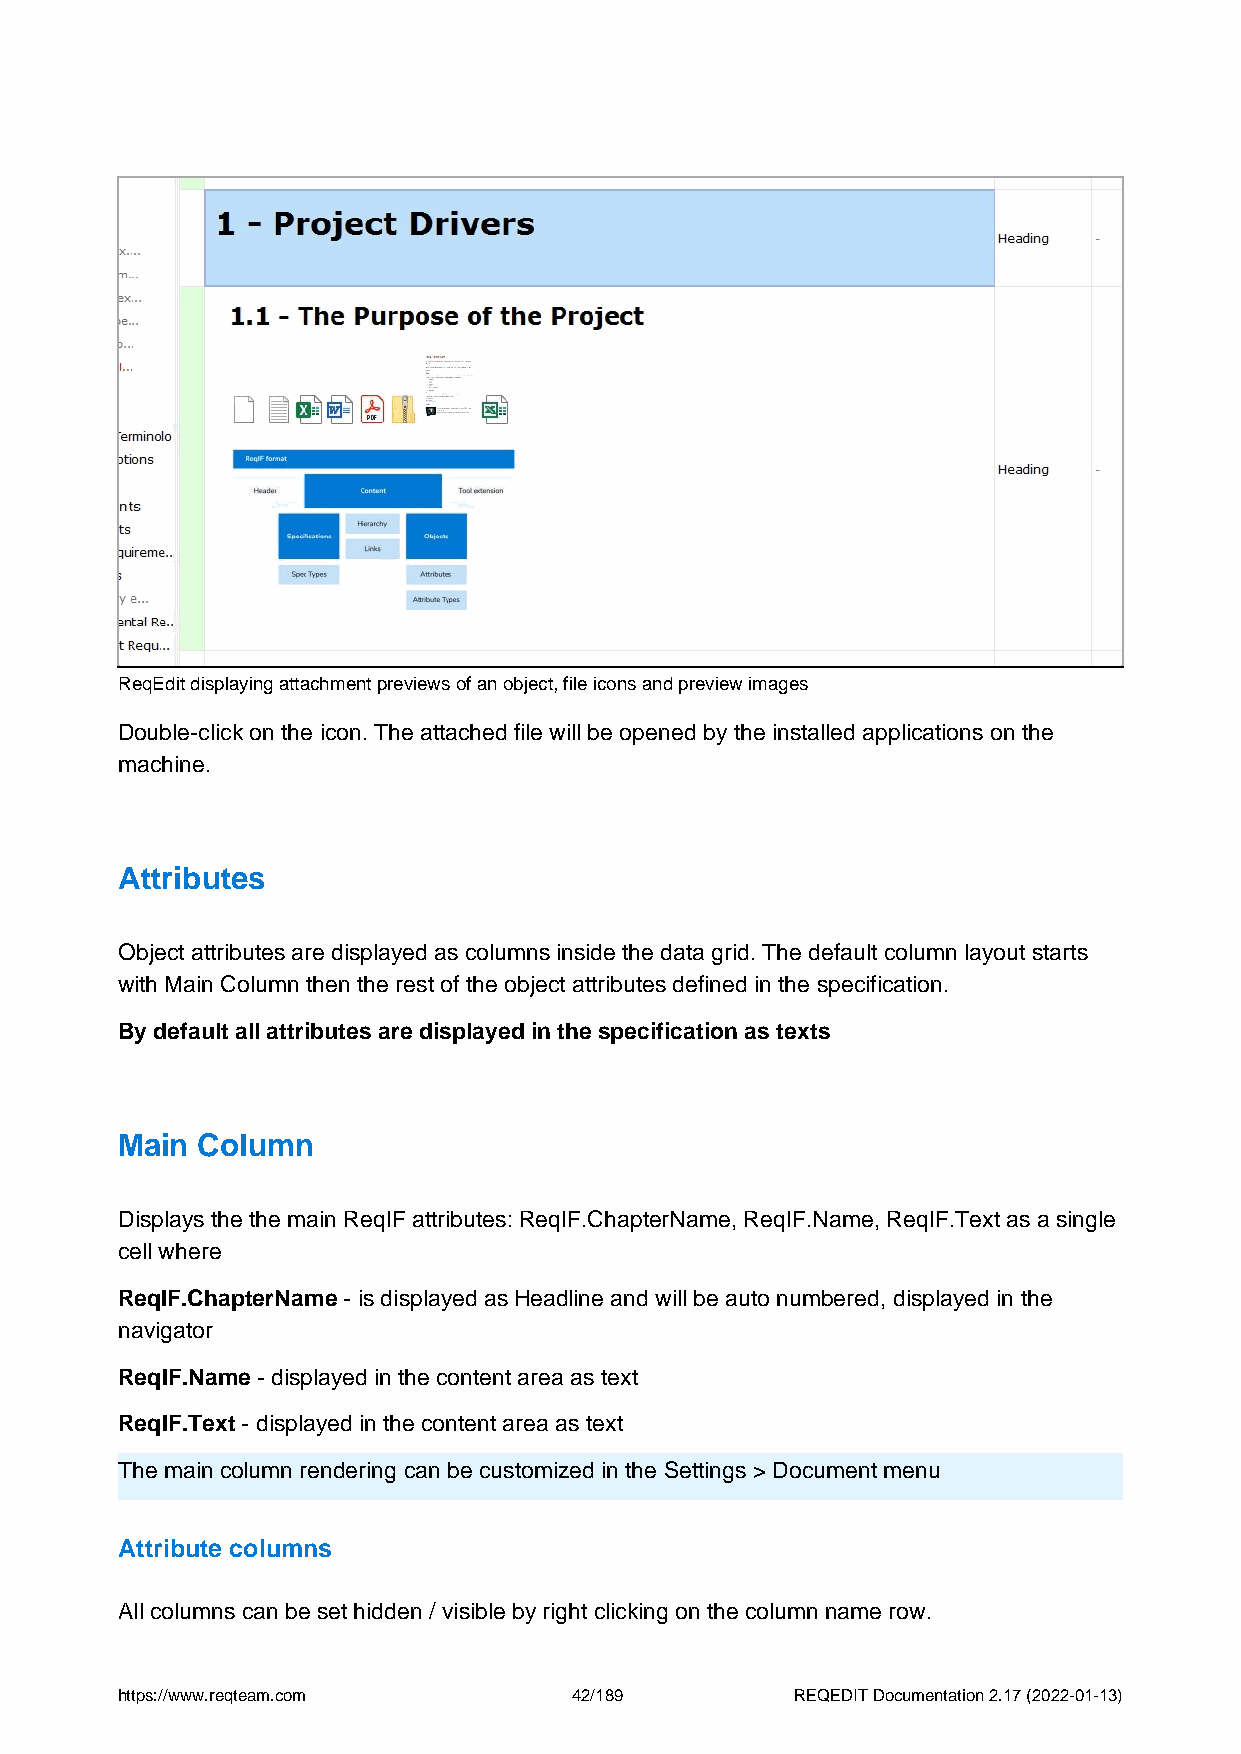
ReqEdit displaying attachment previews of an object, file icons and preview images
 Double-click on the icon. The attached file will be opened by the installed applications on the
 machine.
 Attributes
 Object attributes are displayed as columns inside the data grid. The default column layout starts
 with Main Column then the rest of the object attributes defined in the specification.
 By default all attributes are displayed in the specification as texts
 Main Column
 Displays the the main ReqIF attributes: ReqIF.ChapterName, ReqIF.Name, ReqIF.Text as a single
 cell where
 ReqIF.ChapterName - is displayed as Headline and will be auto numbered, displayed in the
 navigator
 ReqIF.Name - displayed in the content area as text
 ReqIF.Text - displayed in the content area as text
 The main column rendering can be customized in the Settings > Document menu
 Attribute columns
 All columns can be set hidden / visible by right clicking on the column name row.
 https://www.reqteam.com       42/189         REQEDIT Documentation 2.17 (2022-01-13)